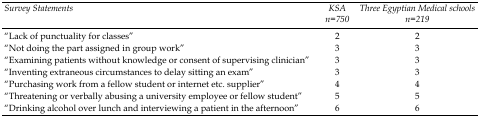
| Survey Statements | KSA n=750 | Three Egyptian Medical schools n=219 |
 | --- | --- | --- |
 | “Lack of punctuality for classes” | 2 | 2 |
 | “Not doing the part assigned in group work” | 3 | 3 |
 | “Examining patients without knowledge or consent of supervising clinician” | 3 | 3 |
 | “Inventing extraneous circumstances to delay sitting an exam” | 3 | 3 |
 | “Purchasing work from a fellow student or internet etc. supplier” | 4 | 4 |
 | “Threatening or verbally abusing a university employee or fellow student” | 5 | 5 |
 | “Drinking alcohol over lunch and interviewing a patient in the afternoon” | 6 | 6 |